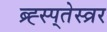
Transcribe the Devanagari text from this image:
ब्र्ह्स्प्तेस्व्रर